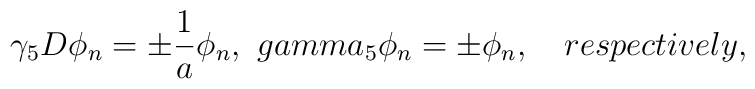
\gamma_{5}D\phi_{n}= \pm \frac{1}{a}\phi_{n}, \ \ \\gamma_{5}\phi_{n} = \pm \phi_{n},\ \ \ respectively,